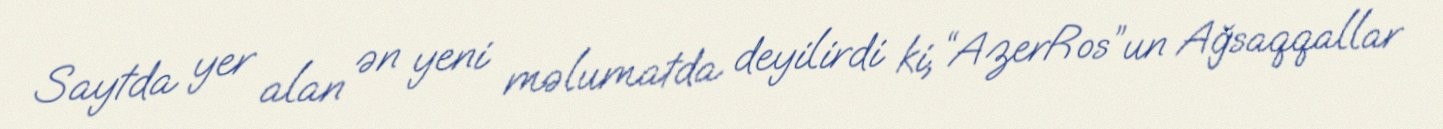
Saytda yer alan ən yeni məlumatda deyilirdi ki, “AzerRos”un Ağsaqqallar